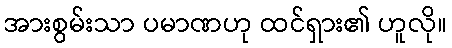
အားစွမ်းသာ ပမာဏဟု ထင်ရှား၏ ဟူလို။